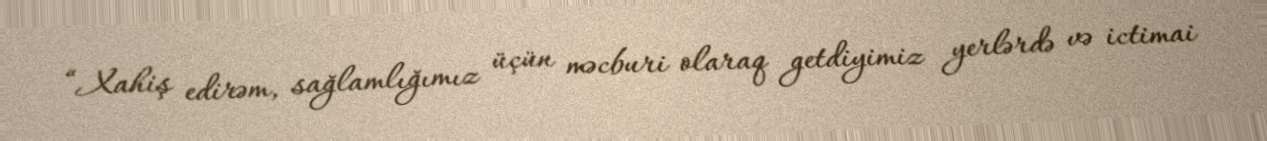
“Xahiş edirəm, sağlamlığımız üçün məcburi olaraq getdiyimiz yerlərdə və ictimai